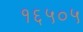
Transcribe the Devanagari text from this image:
१६५०५